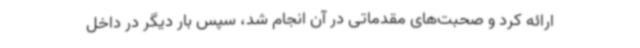
ارائه کرد و صحبت‌های مقدماتی در آن انجام شد، سپس بار دیگر در داخل